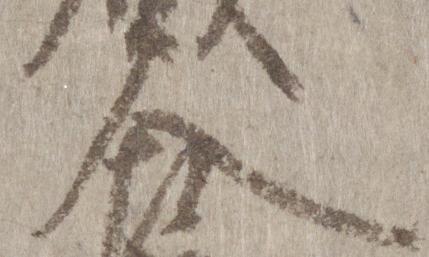
人